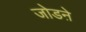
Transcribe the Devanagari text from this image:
जोडऩे